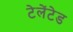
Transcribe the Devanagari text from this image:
टेलेंटेड